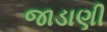
જાડાણી